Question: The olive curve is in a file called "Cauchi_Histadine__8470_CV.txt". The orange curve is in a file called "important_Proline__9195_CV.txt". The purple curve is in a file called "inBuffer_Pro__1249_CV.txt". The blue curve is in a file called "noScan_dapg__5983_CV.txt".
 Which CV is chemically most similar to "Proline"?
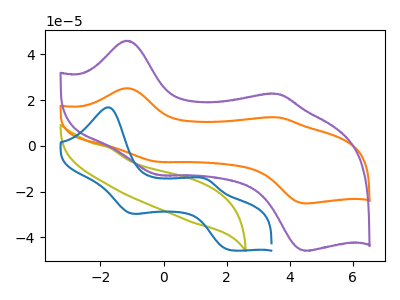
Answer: <think>The olive curve "Histadine" has no peaks. The orange curve "Proline" has anodic peaks at (-1.20V, 25.25uA) (3.60V, 12.50uA) and cathodic peaks at (-0.15V, -6.95uA) (4.50V, -25.15uA). The purple curve "Pro" has anodic peaks at (-1.20V, 46.05uA) (3.60V, 22.80uA) and cathodic peaks at (-0.15V, -12.70uA) (4.50V, -45.90uA). The blue curve "dapg" has anodic peaks at (-1.75V, 16.90uA) (1.35V, -14.60uA) and cathodic peaks at (-1.05V, -29.30uA) (2.10V, -45.50uA).
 "Histadine" and "Proline" have a different number of peaks. "Histadine" and "Pro" have a different number of peaks. "Histadine" and "dapg" have a different number of peaks. All the peaks in "Proline" have a peak in "Pro" at the same potential. Every peak in "Proline" is lower than every peak in "Pro". "Proline" and "dapg" have at least one peak that do not match. "Pro" and "dapg" have at least one peak that do not match.</think>
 <answer>The CV with the most similar shape to "Pro" is "Proline".</answer>
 <eval>"Proline"</eval>